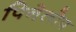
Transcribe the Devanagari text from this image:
पिनेलोप